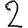
Digit: 2